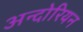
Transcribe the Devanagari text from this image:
अन्दोरियन